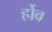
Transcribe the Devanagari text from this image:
र्होव